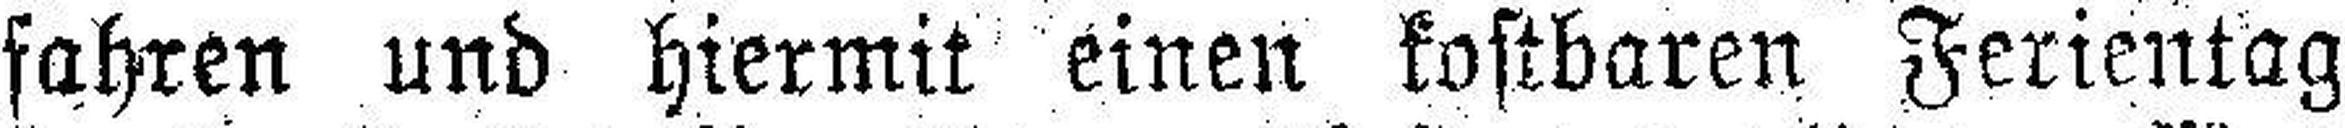
fahren und hiermit einen kostbaren Ferientag